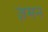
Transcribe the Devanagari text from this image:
ज़मन